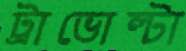
ট্রাভোল্টা